Civil Veterinary Department Bihar & Orissa reports 1922-29 - 1922-1929
Year: 1922
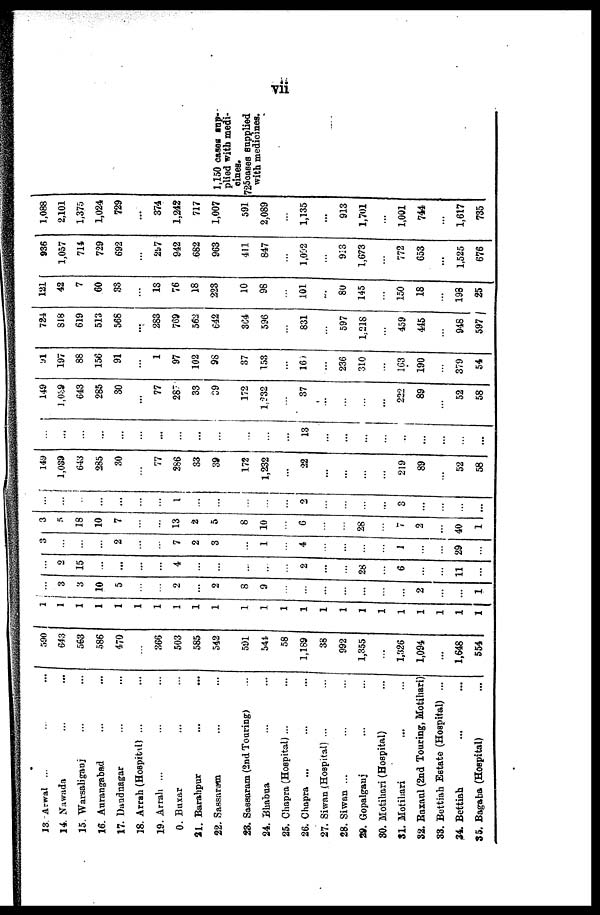
13. Arwal ...
14. Nawada
15. Warsaliganj
16. Aarangabad
17. Daudnagar
18. Arrah (Hospital) ...
19. Arrali ...
20. Buxar
21. Barahpur
22. Sassaram
23. Sassaram (2nd Touring)
24. Bhabua
25. Chapra (Hospital) ...
26. Chapra ...
27. Siwan (Hospital) ...
28. Siwan ...
29. Gopalgauj ... ...
30. Motiliari. (Hospital)
31. Motiliari
32. Baxaul (2nd Touring, Motiliari)
33. Bettiah Estate (Hospital) ...
34. Bettiah
35. Bagaba (Hospital)
590
643
563
586
470
366
503
585
542
591
544
58
1,189
38
992
1,355
1,326
1,094
1,648
554
1
1
1
1
1
1
1
1
1
1
1
1
1
1
1
1
1
1
1
1
1
1
1
1 ...
3
3
10
5
2
2
8
9
2
1
2
15
...
4
2
...
3
2
7
2
3
1
4
... ...
28
6
11
3
5
18
10
7
13
2
5
8
10
6
...
28
1
29
1
2
40
1
...
...
1
2
...
3
...
149
1,039
643
285
30
77
286
33
39
172
1,232
22
219
89
52
58
...
...
...
...
...
...
...
...
...
...
13
...
...
149
2,059
643
285
30
77
287
33
39
172
1,232
37
...
...
...
222
...
...
...
89
52
58
91
197
88
156
91
1
97
102
98
37
153
169
236
310
163
190
379
54
724
818
619
513
568
...
283
769
562
642
364
596
831
597
1,218
459
445
948
597
121
42
7
60
33
18
76
18
223
10
98
101
...
80
145
150
18
198
25
936
1,057
714
729
692
297
942
682
963
411
847
1,092
913
1,673
772
653
1,525
676
1,088
2,101
1,375
1,024
729
...
374
1,242
717
1,007
591
2,089
1,135
...
913
1,701
1,001
744
...
1,617
735
1,150 cases sup--
plied with medi-
cines.
725cases supplied
with medicines.